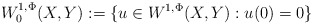
\begin{align*}W^{1,\Phi}_0 (X,Y) := \{ u\in W^{1,\Phi}(X,Y) : u(0)=0\}\end{align*}